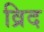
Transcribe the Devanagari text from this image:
व्रिद